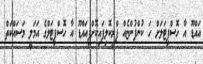
އައްޑޫ އާ ހޮސްޕިޓަލަށް ހަ ކުންފުންޏެއް ޕްރީކޮލިފައިކޮށްފިއައްޑޫ އާ ހޮސްޕިޓަލްގެ އަމަލީ މަސައްކަތް